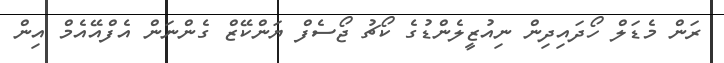
ރަން މެޑަލް ހޯދައިދިން ނިއުޒީލެންޑުގެ ކޯޗު ޖޯސެފް ޔަންކޭޒް ގެންނަން އެފްއޭއެމް އިން